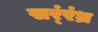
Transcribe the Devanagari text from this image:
सर्ंरंध्र